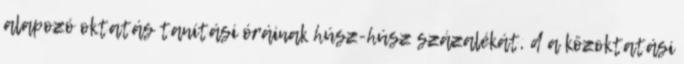
alapozó oktatás tanítási óráinak húsz-húsz százalékát, d a közoktatási